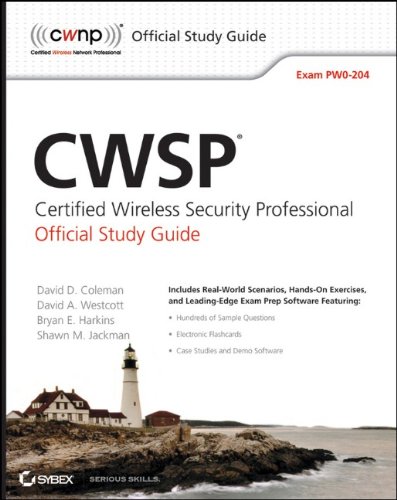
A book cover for CWSP Certified Wireless Security Professional Official Study Guide: Exam PW0-204; David D. Coleman; Computers & Technology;